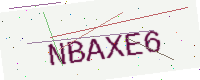
Text: NBAXE6